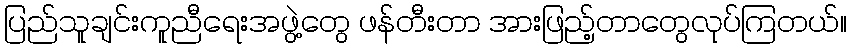
ပြည်သူချင်းကူညီရေးအဖွဲ့တွေ ဖန်တီးတာ အားဖြည့်တာတွေလုပ်ကြတယ်။